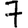
Digit: 7